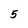
Character: 5